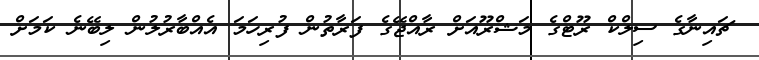
ޗައިނާގެ ސިލްކް ރޫޓްގެ މަޝްރޫއަށް ރާއްޖޭގެ ފަރާތުން ފުރިހަމަ އެއްބާރުލުން ލިބޭނެ ކަމަށް